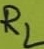
Text: RL